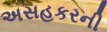
અસહકરની